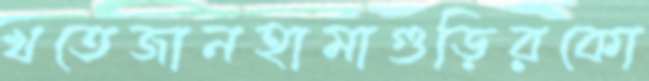
খতেজানহামাগুড়িরকো